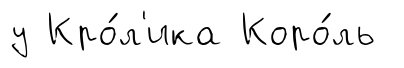
у Кро́л'ика Коро́ль